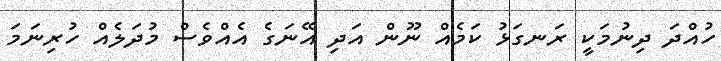
ހުއްދަ ދިނުމަކީ ރަނގަޅު ކަމެއް ނޫން އަދި އޭނަގެ އެއްވެސް މުދަލެއް ހުރިނަމަ